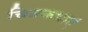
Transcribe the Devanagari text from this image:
चित्रकथाएं